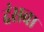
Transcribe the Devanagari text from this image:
दंसवा